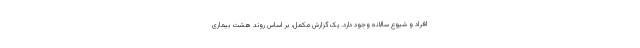
افراد و شیوع سالانه وجود دارد. یک گزارش مکمل، بر اساس روند هشت بیماری